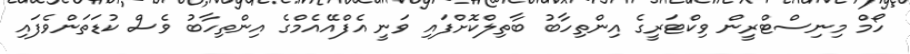
ހޯމް މިނިސްޓްރީން ވިކްޓަރީގެ އިންތިހާބު ބާތިލްކޮށްފައި ވަނީ އެފްއޭއެމްގެ އިންތިހާބު ވެސް ކުޑަތަންވެފައި